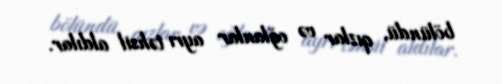
bölündü, qızlar və oğlanlar ayrı təhsil aldılar.